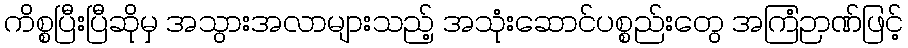
ကိစ္စပြီးပြီဆိုမှ အသွားအလာများသည့် အသုံးဆောင်ပစ္စည်းတွေ အကြံဉာဏ်ဖြင့်